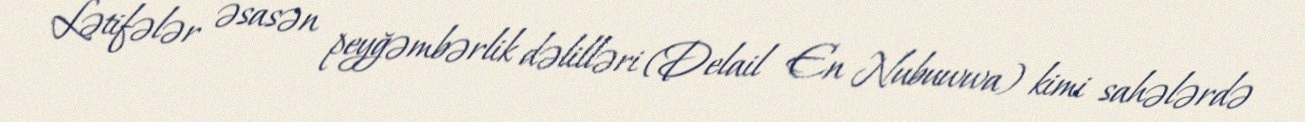
Lətifələr əsasən peyğəmbərlik dəlilləri (Delail En Nubuwwa) kimi sahələrdə